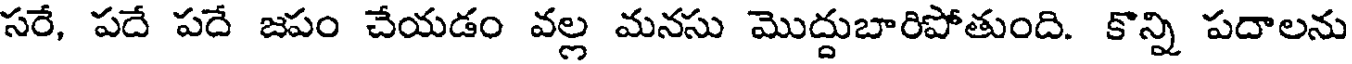
సరే, పదే పదే జపం చేయడం వల్ల మనసు మొద్దుబారిపోతుంది. కొన్ని పదాలను